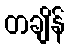
တချိန်